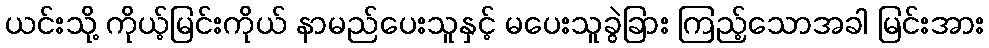
ယင်းသို့ ကိုယ့်မြင်းကိုယ် နာမည်ပေးသူနှင့် မပေးသူခွဲခြား ကြည့်သောအခါ မြင်းအား